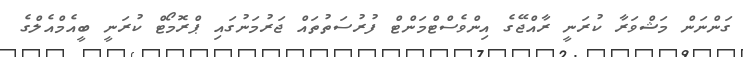
ގަންނަން މަޝްވަރާ ކުރަނީ ރާއްޖޭގެ އިންވެސްޓްމަންޓް ފުރުސަތުތައް ޖަރުމަނުގައި ޕްރޮމޯޓް ކުރަނީ ބީއެމްއެލްގެ